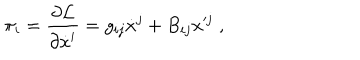
LaTeX: \pi _ { i } = \frac { \partial \mathcal { L } } { \partial \dot { x } ^ { i } } = g _ { i j } \dot { x } ^ { j } + B _ { i j } x ^ { j } \; ,